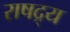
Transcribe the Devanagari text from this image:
राषद्र्य